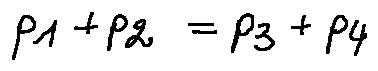
p _ { 1 } + p _ { 2 } = p _ { 3 } + p _ { 4 }